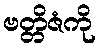
ဗတ္တိဇံကို